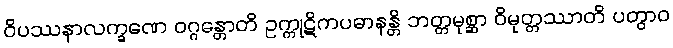
ဝိပဿနာလက္ခဏေ ဝဂ္ဂန္တောတိ ဥက္ကုဋိကပဓာနန္တိ ဘတ္တမုစ္ဆာ ဝိမုတ္တဿာတိ ပတွာဝ